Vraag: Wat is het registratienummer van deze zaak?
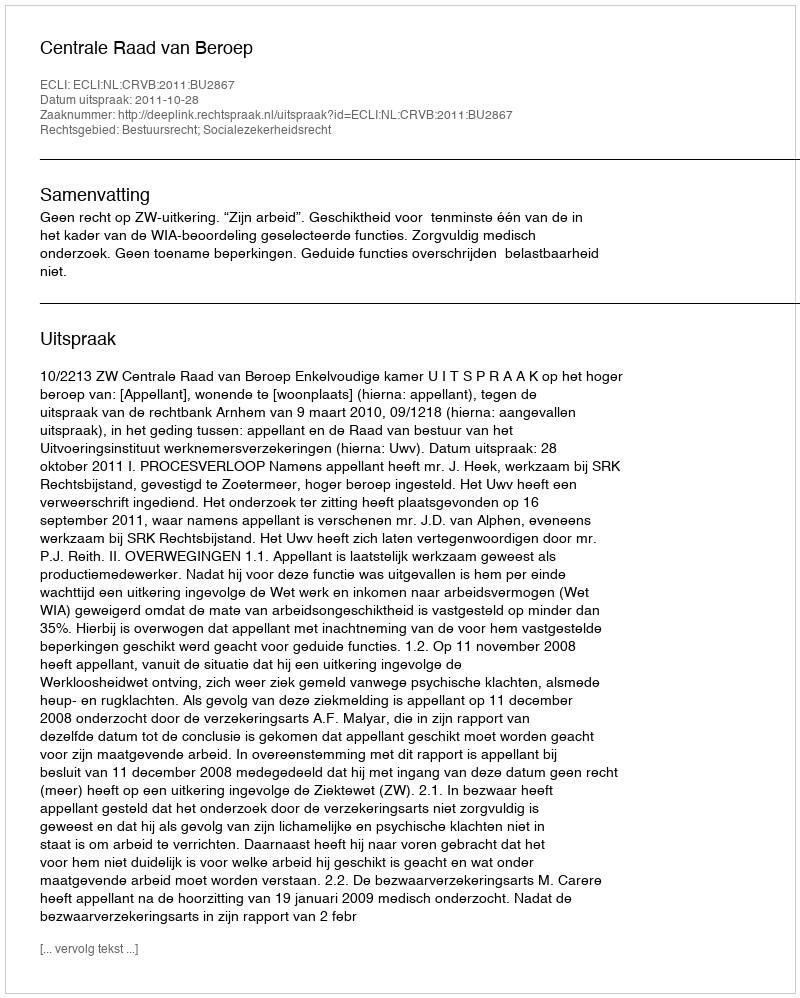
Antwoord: http://deeplink.rechtspraak.nl/uitspraak?id=ECLI:NL:CRVB:2011:BU2867